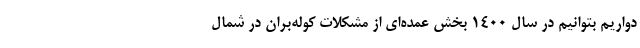
دواریم بتوانیم در سال 1400 بخش عمده‌ای از مشکلات کوله‌بران در شمال